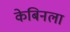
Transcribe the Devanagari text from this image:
केबिनला